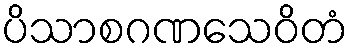
ပိသာစဂဏသေဝိတံ